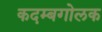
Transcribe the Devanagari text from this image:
कदम्बगोलक